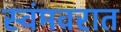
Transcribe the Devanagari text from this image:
स्वंमवरात